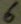
Text: 6